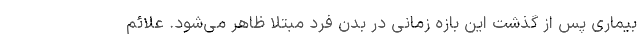
بیماری پس از گذشت این بازه زمانی در بدن فرد مبتلا ظاهر می‌شود. علائم